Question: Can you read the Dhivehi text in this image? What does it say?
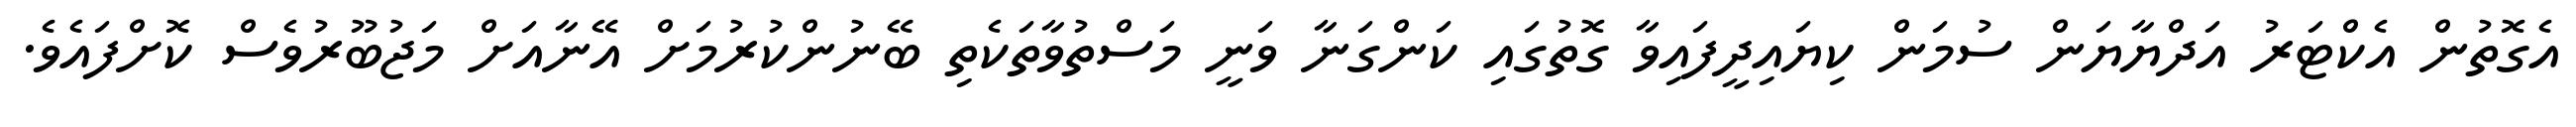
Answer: އެގޮތުން އެކްޓަރު އަދްޔާޔަން ސުމަން ކިޔައިދީފައިވާ ގޮތުގައި ކަންގަނާ ވަނީ މަސްތުވާތަކެތި ބޭނުންކުރުމަށް އޭނާއަށް މަޖުބޫރުވެސް ކޮށްފައެވެ.